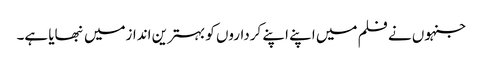
جنہوں نے فلم میں اپنے اپنے کرداروں کو بہترین اندازمیں نبھایا ہے۔